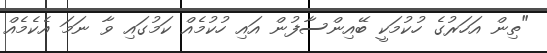
"ތިން އަހަރުގެ ހުކުމަކީ ބޭއިންސާފުން އައި ހުކުމެއް ކަމުގައި ވާ ނަމަ އެކެމެއް